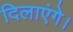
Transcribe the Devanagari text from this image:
दिलाएंगे।